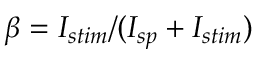
\beta = I _ { s t i m } / ( I _ { s p } + I _ { s t i m } )